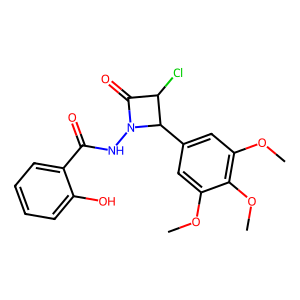
SMILES: COc1cc(C2C(Cl)C(=O)N2NC(=O)c2ccccc2O)cc(OC)c1OC
Inhibits HIV replication: No